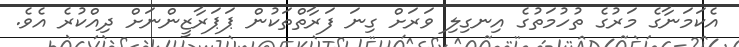
އެކަމަނާގެ މަރުގެ ތުހުމަތުގެ އިނގިލި ވަރަށް ގިނަ ފަރާތްތަކުން ޕަޕަރާޒީންނަށް ދިއްކުރެ އެވެ.